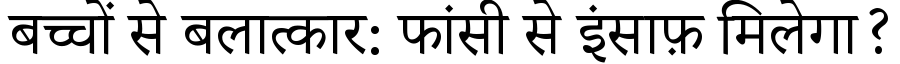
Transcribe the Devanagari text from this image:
बच्चों से बलात्कार: फांसी से इंसाफ़ मिलेगा?